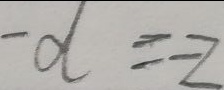
- d = - 2